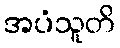
အပံသူတိ